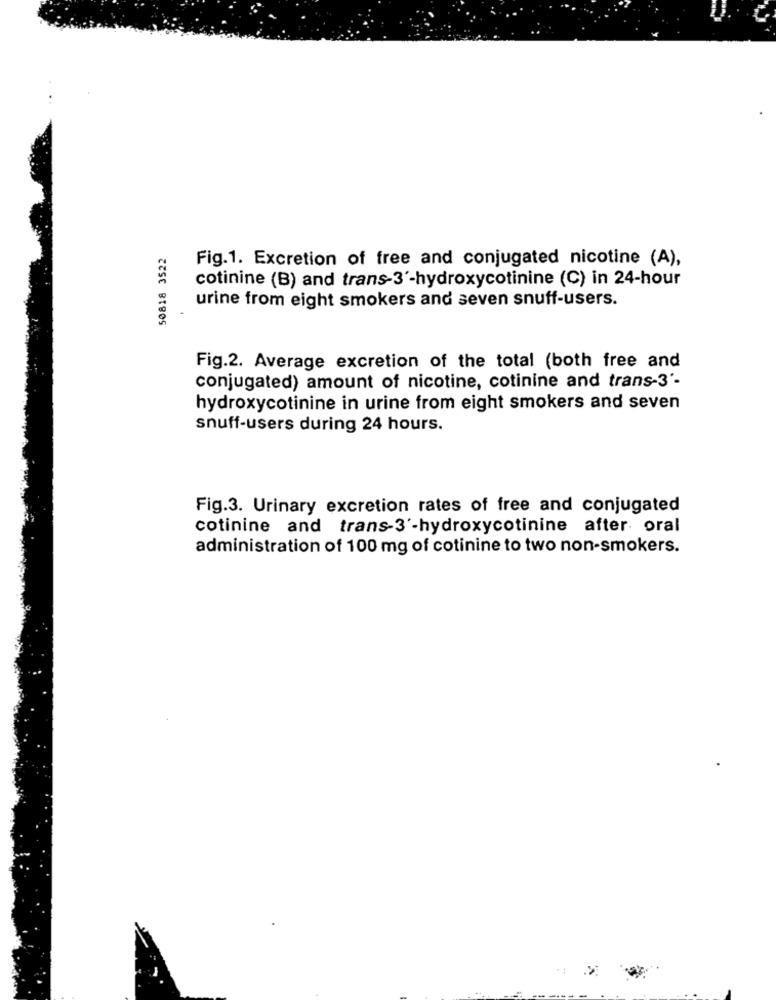
50818 3522
Fig.1. Excretion of free and conjugated nicotine (A),
cotinine (B) and trans-3'-hydroxycotinine (C) in 24-hour
urine from eight smokers and seven snuff-users.
Fig.2. Average excretion of the total (both free and
conjugated) amount of nicotine, cotinine and trans-3'-
hydroxycotinine in urine from eight smokers and seven
snuff-users during 24 hours.
Fig.3. Urinary excretion rates of free and conjugated
cotinine and trans-3'-hydroxycotinine after oral
administration of 100 mg of cotinine to two non-smokers.